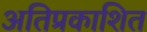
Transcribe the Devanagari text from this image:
अतिप्रकाशित